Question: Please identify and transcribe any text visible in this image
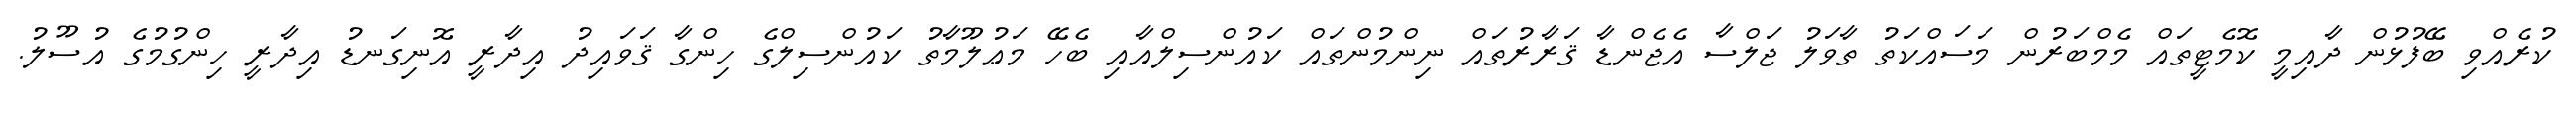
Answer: ކުރެއްވި ބޭފުޅުން ދާއިމީ ކޮމެޓީތައް މެމްބަރުން މަސައްކަތު ތާވަލު ޖަލްސާ އެޖެންޑާ ޤަރާރުތައް ނިންމުންތައް ކައުންސިލްއާއި ބެހޭ މަޢުލޫމާތު ކައުންސިލްގެ ހިންގާ ޤަވައިދު އިދާރީ އޮނިގަނޑު އިދާރީ ހިންގުމުގެ އުސޫލު.